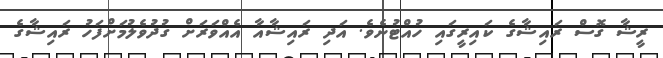
ރީޝާ ގޮސް ރައިޝާގެ ކައިރީގައި ހުއްޓުނެވެ. އަދި ރައިޝާއާ އެއްވަރަށް ގުދުވެލުމަށްފަހު ރައިޝާގެ